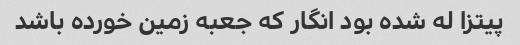
پیتزا له شده بود انگار که جعبه زمین خورده باشد